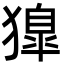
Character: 獋